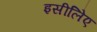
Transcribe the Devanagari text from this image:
इसीलिेए